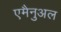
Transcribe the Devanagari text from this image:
एमैनुअल